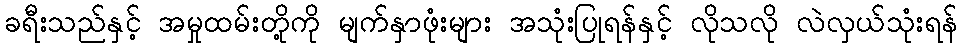
ခရီးသည်နှင့် အမှုထမ်းတို့ကို မျက်နှာဖုံးများ အသုံးပြုရန်နှင့် လိုသလို လဲလှယ်သုံးရန်